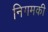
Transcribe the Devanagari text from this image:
निगमकी